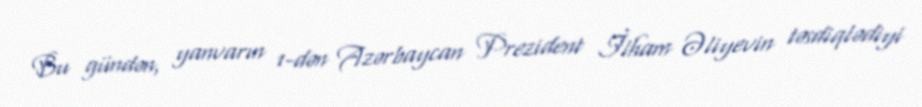
Bu gündən, yanvarın 1-dən Azərbaycan Prezident İlham Əliyevin təsdiqlədiyi